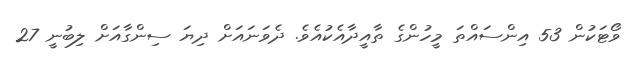
ވޯޓަކުން 53 އިންސައްތަ މީހުންގެ ތާއީދާއެކުއެވެ. ދެވަނައަށް ދިޔަ ސިންގާއަށް ލިބުނީ 27